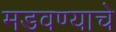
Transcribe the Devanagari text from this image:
मडवण्याचे